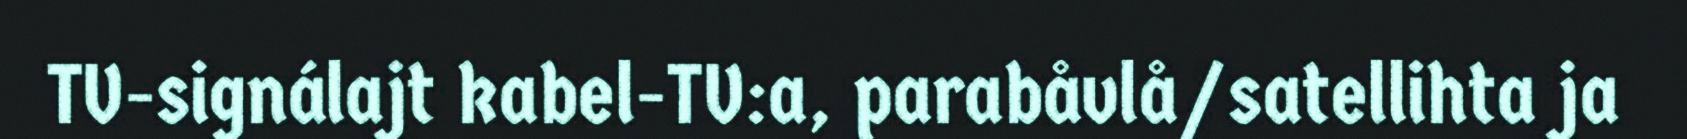
TV-signálajt kabel-TV:a, parabåvlå/satellihta ja